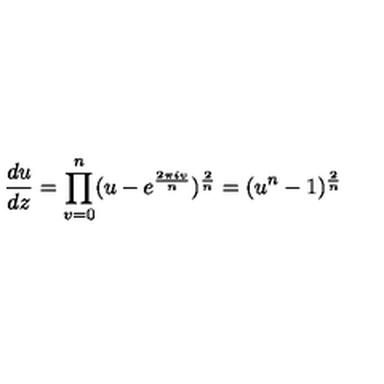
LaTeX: { \frac { d u } { d z } } = \prod _ { v = 0 } ^ { n } ( u - e ^ { \frac { 2 \pi i v } { n } } ) ^ { { \frac { 2 } { n } } } = ( u ^ { n } - 1 ) ^ { { \frac { 2 } { n } } }